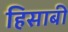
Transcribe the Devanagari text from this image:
हिसाबी